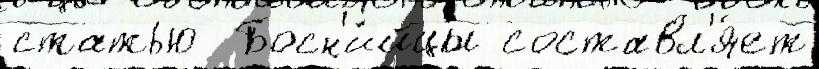
статью  Босн'и́йцы составл'я́ет